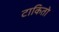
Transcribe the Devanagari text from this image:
टाकितो